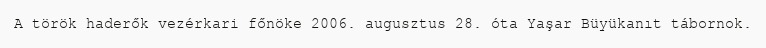
A török haderők vezérkari főnöke 2006. augusztus 28. óta Yaşar Büyükanıt tábornok.